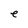
Character: e